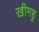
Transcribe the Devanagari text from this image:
ख़ीमहु